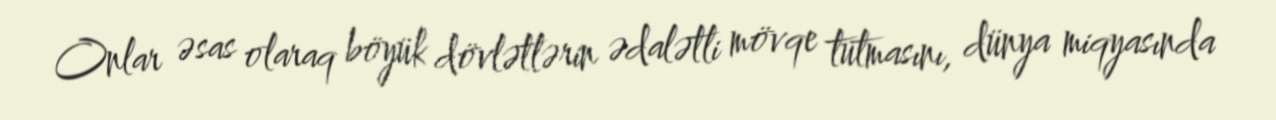
Onlar əsas olaraq böyük dövlətlərin ədalətli mövqe tutmasını, dünya miqyasında